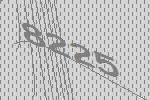
8225